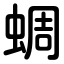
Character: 蜩